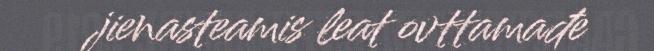
jienasteamis leat ovttamađe